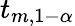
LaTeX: t_{m,1-\alpha}